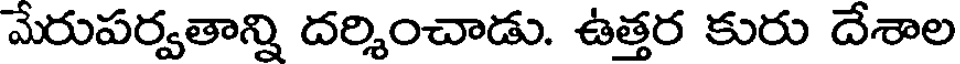
మేరుపర్వతాన్ని దర్శించాడు. ఉత్తర కురు దేశాల